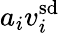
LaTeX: a_{i}v_{i}^{\mathrm{sd}}